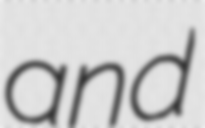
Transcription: and